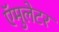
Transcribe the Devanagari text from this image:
ऍमुलेटर